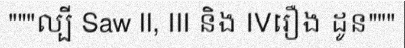
"""ល្បី Saw II, III និង IVរឿង ដូន"""